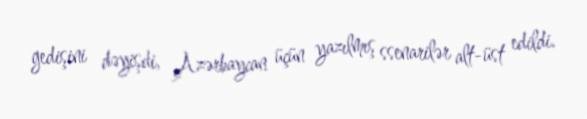
gedişini dəyişdi, Azərbaycan üçün yazılmış ssenarilər alt-üst edildi.